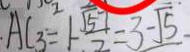
\cdot A C _ { 3 } = 1 - \frac { \sqrt { 5 } } { 2 } = 3 - \sqrt { 5 }